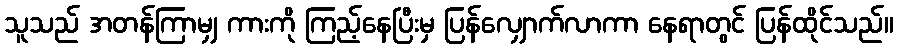
သူသည် အတန်ကြာမျှ ကားကို ကြည့်နေပြီးမှ ပြန်လျှောက်လာကာ နေရာတွင် ပြန်ထိုင်သည်။